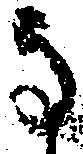
な